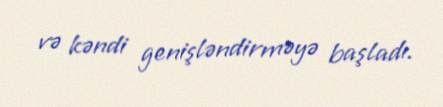
və kəndi genişləndirməyə başladı.